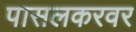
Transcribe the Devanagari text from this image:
पासलकरवर